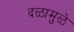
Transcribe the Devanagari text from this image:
दळामुळे